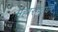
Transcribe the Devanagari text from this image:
महाराष्ट्रधर्म